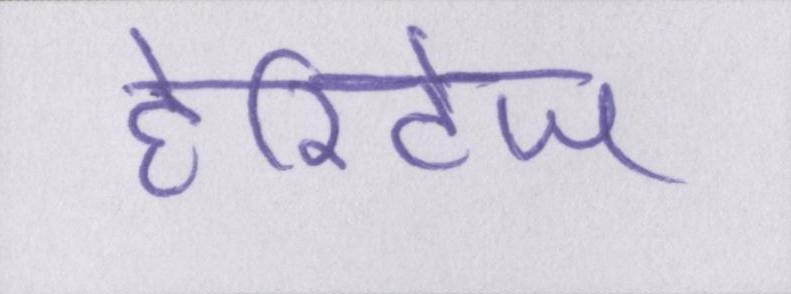
हेरिटेज